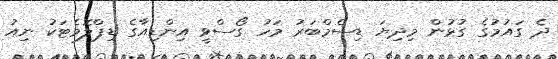
ދެ ގައުމުގެ ގުޅުން މިދިޔަ ޑިސެމްބަރު މަހު ގޯސްވީ އިންޑިއާގެ ޑިޕްލޮމެޓަކު ނިއު